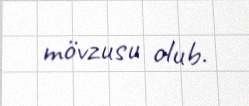
mövzusu olub.